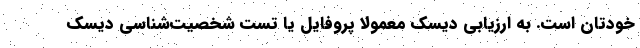
خودتان است. به ارزیابی دیسک معمولا پروفایل یا تست شخصیت‌شناسی دیسک